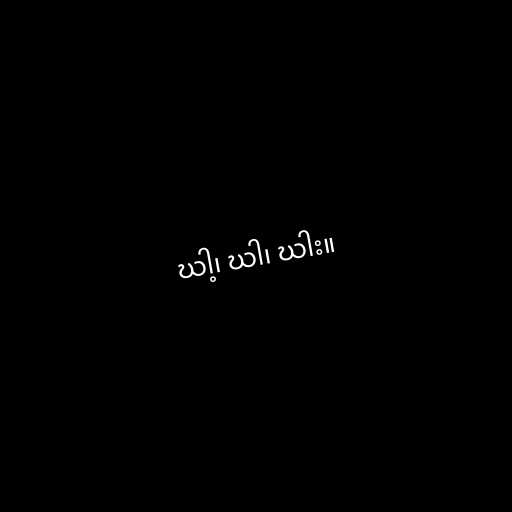
ဃါ့၊ ဃါ၊ ဃါး။